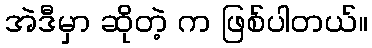
အဲဒီမှာ ဆိုတဲ့ က ဖြစ်ပါတယ်။